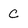
Character: C